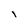
Character: i